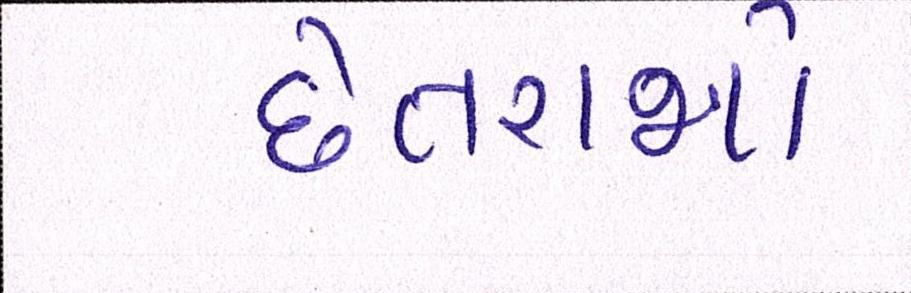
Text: છેતરાશો